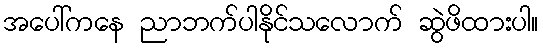
အပေါ်ကနေ ညာဘက်ပါနိုင်သလောက် ဆွဲဖိထားပါ။